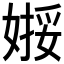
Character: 𱙢